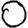
Digit: 0